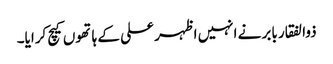
ذوالفقار بابر نے انہیں اظہر علی کے ہاتھوں کیچ کرایا۔